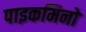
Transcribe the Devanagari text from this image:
पाइकमिनो